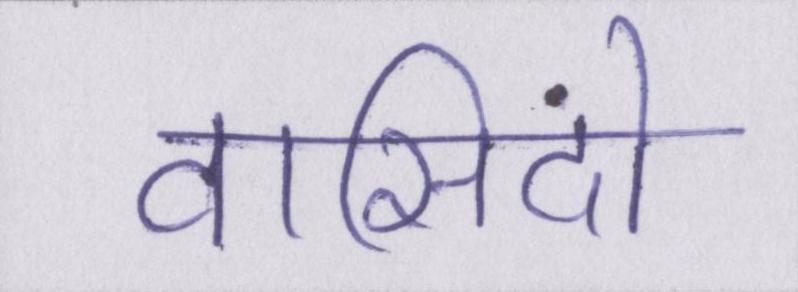
वासिंदो